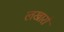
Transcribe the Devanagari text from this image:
लखारों